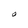
Character: O